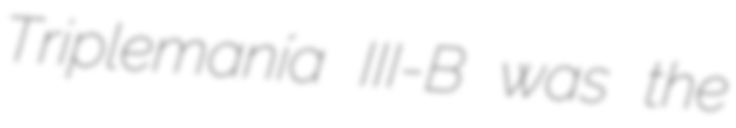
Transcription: Triplemanía III-B was the